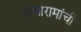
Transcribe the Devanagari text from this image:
राजारामांची